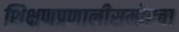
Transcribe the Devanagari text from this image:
शिक्षणप्रणालीसमोरचा